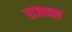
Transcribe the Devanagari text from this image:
राजथल